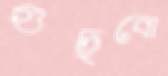
গুছবো